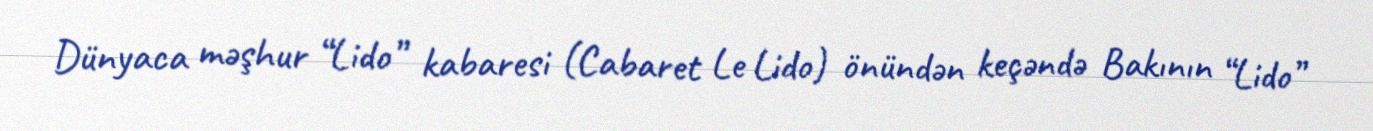
Dünyaca məşhur “Lido” kabaresi (Cabaret Le Lido) önündən keçəndə Bakının “Lido”